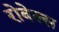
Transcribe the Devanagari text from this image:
रोबेल्स